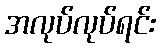
အလုပ်လုပ်ရင်း